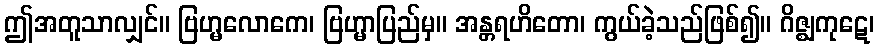
ဤအတူသာလျှင်။ ဗြဟ္မလောကေ၊ ဗြဟ္မာပြည်မှ။ အန္တရဟိတော၊ ကွယ်ခဲ့သည်ဖြစ်၍။ ဂိဇ္ဈကုဋေ၊